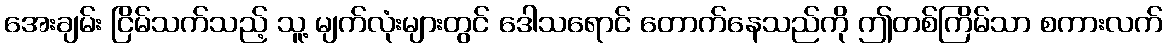
အေးချမ်း ငြိမ်သက်သည့် သူ့ မျက်လုံးများတွင် ဒေါသရောင် တောက်နေသည်ကို ဤတစ်ကြိမ်သာ စကားလက်